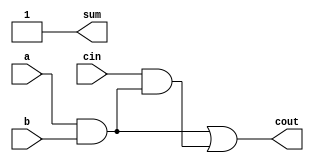
module full_adder8(a,b,cin,sum,cout);
input a,b,cin;
output sum,cout;
assign sum = 1'b1;
assign cout = a&b|cin&(a&b); 
// initial begin
//     $display("The incorrect adder with xor1 having out/1");
// end   
endmodule